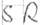
Text: SR